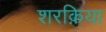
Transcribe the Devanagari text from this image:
शरक़िया